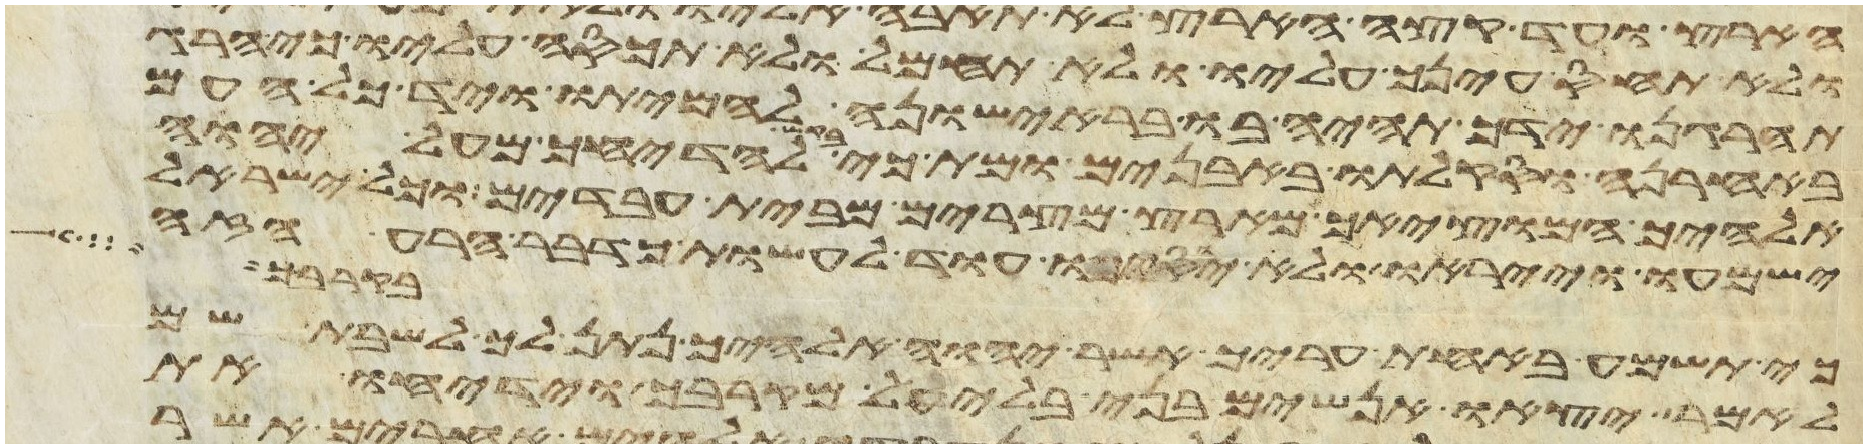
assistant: ולא תחוס עינך עליו ולא תחמל ולא תכסה עליו כי הרג
תהרגנו ידך תהיה בו בראישונה להמיתו ויד כל העם
באחרנה וסקלתו באבנים ומת כי בקש להדיחך מעל יהוה
אלהיך המוציאך מארץ מצרים מבית עבדים וכל ישראל
ישמעו וייראו ולא יוסיפו עוד לעשות כדבר הרע הזה
בקרבך
כי תשמע באחת עריך אשר יהוה אלהיך נתן לך לשבת שם
לאמר יצאו אנשים בני בלעיל מקרבך וידיחו את